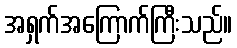
အရှက်အကြောက်ကြီးသည်။